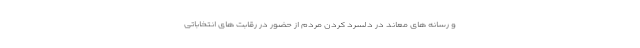
و رسانه های معاند در دلسرد کردن مردم از حضور در رقابت های انتخاباتی